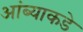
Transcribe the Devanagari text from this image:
आंब्याकडे